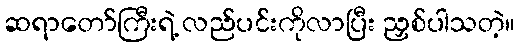
ဆရာတော်ကြီးရဲ့ လည်ပင်းကိုလာပြီး ညှစ်ပါသတဲ့။